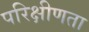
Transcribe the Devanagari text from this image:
परिक्षीणता